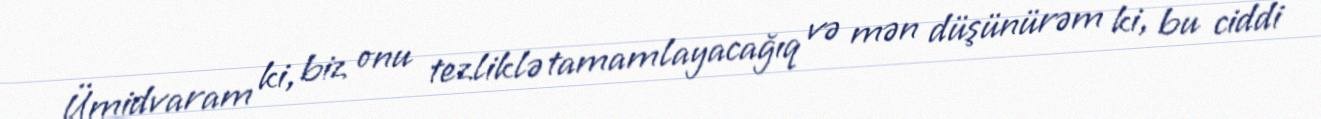
Ümidvaram ki, biz onu tezliklə tamamlayacağıq və mən düşünürəm ki, bu ciddi